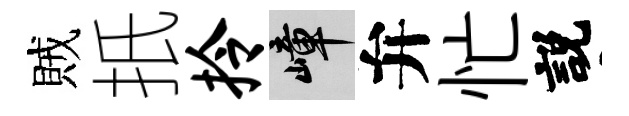
賊扺拎嶂弁忙説